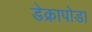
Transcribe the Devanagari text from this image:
डेक्रापोडा